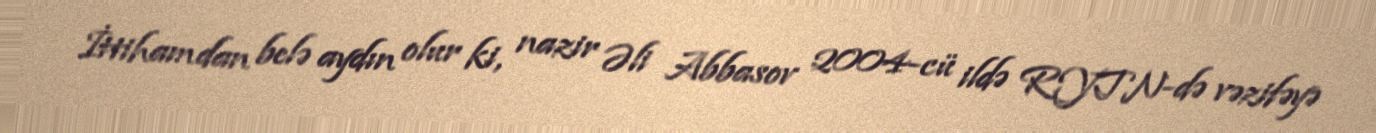
İttihamdan belə aydın olur ki, nazir Əli Abbasov 2004-cü ildə RYTN-də vəzifəyə